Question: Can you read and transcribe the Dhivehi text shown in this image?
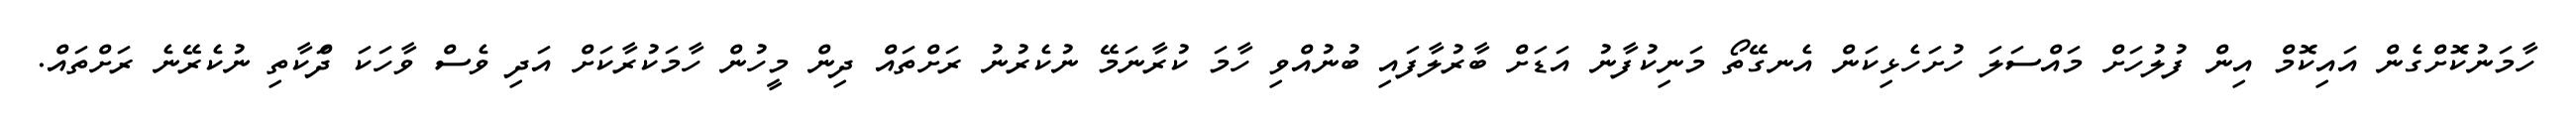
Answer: ހާމަނުކޮށްގެން އައިކޮމް އިން ފުލުހަށް މައްސަލަ ހުށަހެޅިކަން އެނގޭތޯ މަނިކުފާނު އަޑަށް ބާރުލާފައި ބުނުއްވި ހާމަ ކުރާނަމޭ ނުކެރުނު ރަށްތައް ދިން މީހުން ހާމަކުރާކަށް އަދި ވެސް ވާހަކަ ދަްކާތި ނުކެރޭނެ ރަށްތައް.